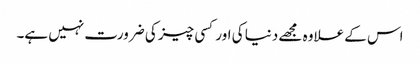
اس کے علاوہ مجھے دنیا کی اور کسی چیز کی ضرورت نہیں ہے۔